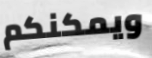
ويمكنكم